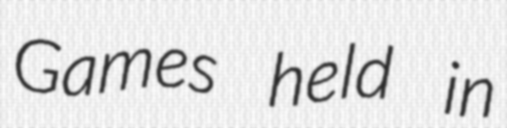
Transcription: Games held in